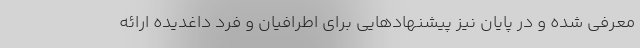
معرفی شده و در پایان نیز پیشنهادهایی برای اطرافیان و فرد داغدیده ارائه